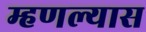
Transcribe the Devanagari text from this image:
म्हणल्यास